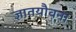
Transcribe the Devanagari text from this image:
ज्ञातयौवना